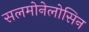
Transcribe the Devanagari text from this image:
सलमोनेलोसिन